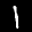
Label: 1